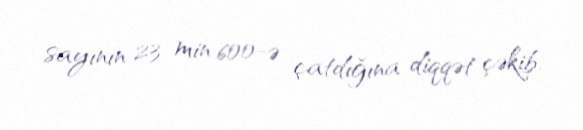
sayının 23 min 600-ə çatdığına diqqət çəkib.